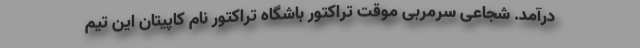
درآمد. شجاعی سرمربی موقت تراکتور باشگاه تراکتور نام کاپیتان این تیم